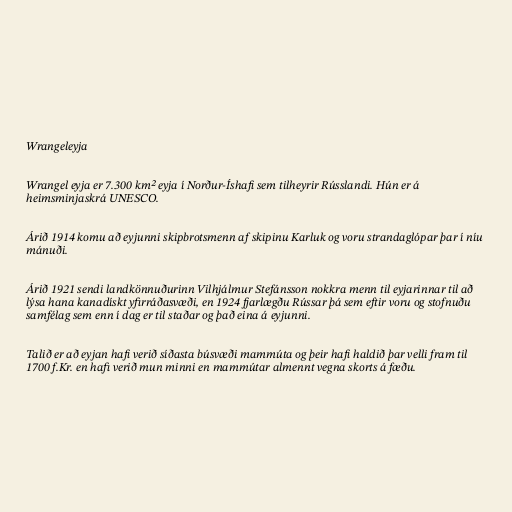
Wrangeleyja

Wrangel eyja er 7.300 km² eyja í Norður-Íshafi sem tilheyrir Rússlandi. Hún er á
heimsminjaskrá UNESCO.

Árið 1914 komu að eyjunni skipbrotsmenn af skipinu Karluk og voru strandaglópar þar í níu
mánuði.

Árið 1921 sendi landkönnuðurinn Vilhjálmur Stefánsson nokkra menn til eyjarinnar til að
lýsa hana kanadískt yfirráðasvæði, en 1924 fjarlægðu Rússar þá sem eftir voru og stofnuðu
samfélag sem enn í dag er til staðar og það eina á eyjunni.

Talið er að eyjan hafi verið síðasta búsvæði mammúta og þeir hafi haldið þar velli fram til
1700 f.Kr. en hafi verið mun minni en mammútar almennt vegna skorts á fæðu.